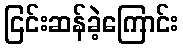
ငြင်းဆန်ခဲ့ကြောင်း